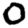
Digit: 0